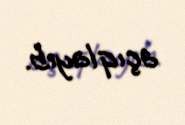
açıqlayıb.